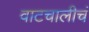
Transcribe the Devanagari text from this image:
वाटचालीचं